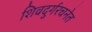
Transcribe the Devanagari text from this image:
शिवदुर्गरचनेत